Statistics compiled by the Government of India from the reports of provincial Civil Veterinary Departments
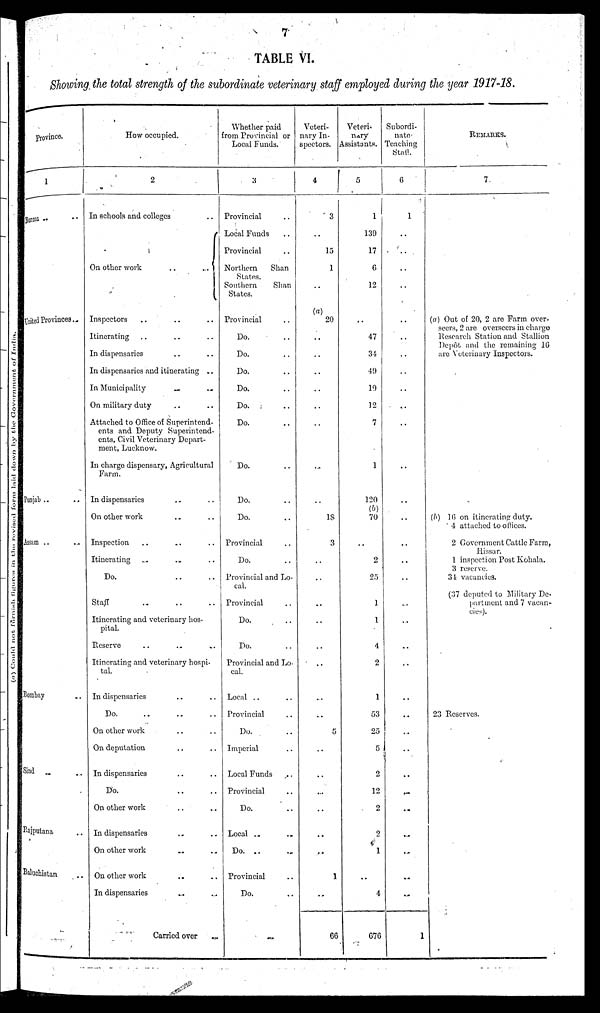
7
TABLE VI.
Showing the total strength of the subordinate veterinary staff employed during the year 1917-18.
province.
1
Burma .. ..
United Provinces ..
Punjab .. ..
Assam .. ..
Bombay ..
Sind .. ..
Rajputana ..
Baluchistan ..
How occupied.
2
In schools and colleges ..
On other work .. ..
Inspectors .. .. ..
Itinerating .. .. ..
In dispensaries .. ..
In dispensaries and itinerating ..
In Municipality .. ..
On military duty .. ..
Attached to Office of Superintend-
ents and Deputy Superintend-
ents, Civil Veterinary Depart-
ment, Lucknow.
In charge dispensary, Agricultural
Farm.
In dispensaries .. ..
On other work .. ..
Inspection .. .. ..
Itinerating .. .. ..
Do. .. ..
Staff .. .. ..
Itinerating and veterinary hos-
pital.
Reserve .. .. ..
Itinerating and veterinary hospi-
tal.
In dispensaries .. ..
Do. .. .. ..
On other work .. ..
On deputation .. ..
In dispensaries .. ..
Do. .. ..
On other work .. ..
In dispensaries .. ..
On other work .. ..
On other work .. ..
In dispensaries .. ..
Carried over ..
Whether paid
from Provincial or
Local Funds.
3
Provincial ..
Local Funds ..
Provincial ..
Northern
Shan
States.
Southern
Shan
States.
Provincial ..
Do. ..
Do. ..
Do. ..
Do. ..
Do. ..
Do. ..
Do. ..
Do. ..
Do. ..
Provincial ..
Do. ..
Provincial and Lo-
cal.
Provincial ..
Do. ..
Do. ..
Provincial and Lo-
cal.
Local .. ..
Provincial ..
Do. ..
Imperial ..
Local Funds ..
Provincial ..
Do. ..
Local .. ..
Do.
..
..
Provincial ..
Do. ..
Veteri-
nary In-
spectors.
4
3
..
15
1
..
(a)
20
..
..
..
..
..
..
..
..
18
3
..
..
..
..
..
..
..
..
5
..
..
..
..
..
..
1
..
66
Veteri-
nary
Assistants.
5
1
139
17
6
12
..
47
34
49
19
12
7
1
120
(b)
70
..
2
25
1
1
4
2
1
53
25
5
2
12
2
2
1
..
4
676
Subordi-
nate
Teaching
Staff.
6
1
..
..
..
..
..
..
..
..
..
..
..
..
..
..
..
..
..
..
..
..
..
..
..
..
..
..
..
..
..
..
..
..
..
1
REMARKS.
7
(a) Out of 20, 2 are Farm over-
seers, 2 are overseers in charge
Research Station and Stallion
Depôt and the remaining 16
are Veterinary Inspectors.
(b) 16 on itinerating duty.
4 attached to offices.
2 Government Cattle Farm,
Hissar.
1 inspection Post Kohala.
3 reserve.
34 vacancies.
(37 deputed to Military De-
partment and 7 vacan-
cies).
23 Reserves.